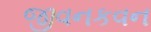
જીવનકવન